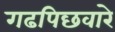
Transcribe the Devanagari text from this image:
गढपिछवारे